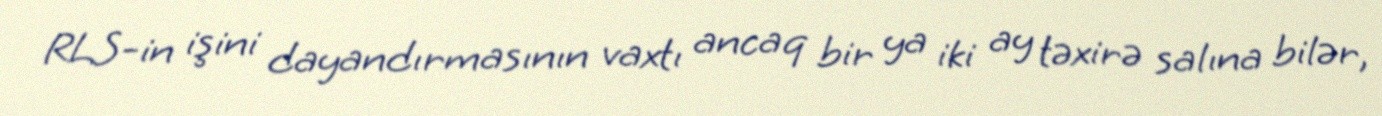
RLS-in işini dayandırmasının vaxtı ancaq bir ya iki ay təxirə salına bilər,